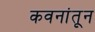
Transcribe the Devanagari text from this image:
कवनांतून